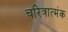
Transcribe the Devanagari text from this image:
चरित्रात्मंक